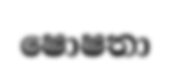
ෂොෂතා